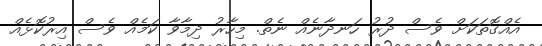
އެއްގޮތަކަށް ވެސް ދުރު ހަނދާނެއް ނެތް. މިހާރު ދިމާވާ ކަމެއް ވެސް އިރުކޮޅެއް